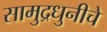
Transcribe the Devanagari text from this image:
सामुद्रधुनीचे